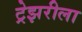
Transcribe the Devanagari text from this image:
ट्रेझरीला